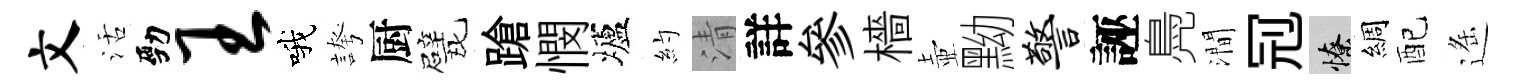
文活勁王哦誇厨戏蹌憫壚約清詳參檣壺黝警誣鳧澗𠜍憭綢配遥